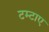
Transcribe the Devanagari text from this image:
टम्टाए